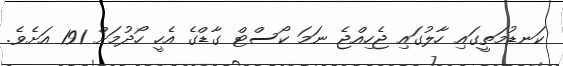
ކަނޑުމަތީގައި ހާލުގައި ޖެހިއްޖެ ނަމަ ކޯސްޓް ގާޑްގެ އެހީ ހޯދުމަށް 191 އަށެވެ.